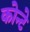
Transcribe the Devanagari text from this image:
कोन्टे